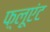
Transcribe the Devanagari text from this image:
फ़्लूएंट